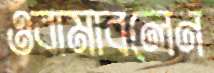
ওবামাবলেন